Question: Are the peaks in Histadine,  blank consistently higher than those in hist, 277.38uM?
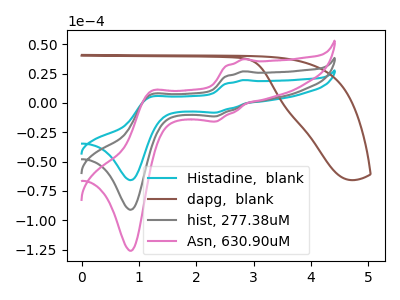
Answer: <think>The cyan curve "Histadine,  blank" has anodic peaks at (2.85V, 19.45uA) (1.20V, 5.00uA) and cathodic peaks at (2.35V, -8.30uA) (0.85V, -65.85uA). The brown curve "dapg,  blank" has no peaks. The gray curve "hist, 277.38uM" has anodic peaks at (2.85V, 26.90uA) (1.20V, 6.95uA) and cathodic peaks at (2.35V, -11.50uA) (0.85V, -91.10uA). The pink curve "Asn, 630.90uM" has anodic peaks at (2.85V, 53.80uA) (1.20V, 13.85uA) and cathodic peaks at (2.35V, -22.95uA) (0.85V, -182.15uA).</think>
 <answer>Every peak in "Histadine,  blank" is lower than every peak in "hist, 277.38uM".</answer>
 <eval>lower</eval>